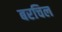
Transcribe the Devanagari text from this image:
बरचिल